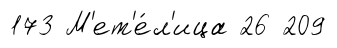
173 М'ет'е́л'ица 26 209